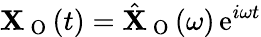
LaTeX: \mathbf{X}_{\mathrm{~O~}}(t)=\hat{\mathbf{X}}_{\mathrm{~O~}}(\omega)\, \mathrm{e}^{i\omega t}